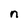
Character: n